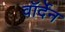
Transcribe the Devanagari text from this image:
वॉर्देन